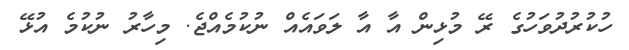
ހުކުރުދުވަހުގެ ރޭ މުޅިން އާ އާ ލަވައެއް ނުކުމެއްޖެ. މިހާރު ނުކުމެ އުޅޭ